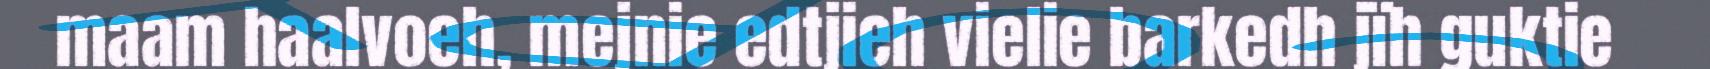
maam haalvoeh, mejnie edtjieh vielie barkedh jïh guktie